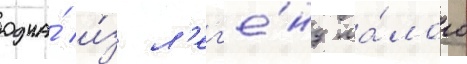
одна́ и́з л'ег'е́нд ма́лого